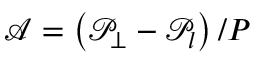
{ \mathcal { A } } = \left( { \mathcal { P } } _ { \perp } - { \mathcal { P } } _ { l } \right) / P